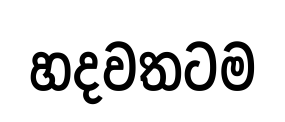
හදවතටම